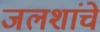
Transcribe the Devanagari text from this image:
जलशांचे